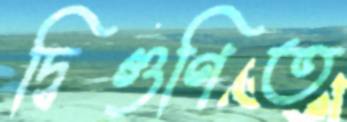
দ্বিগুণিত